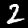
Label: 2